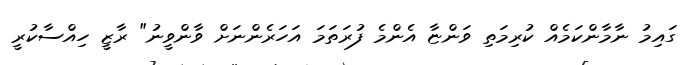
ގައިމު ނާމާންކަމެއް ކުރިމަތި ވަންޏާ އެންމެ ފުރަތަމަ އަހަރެންނަށް ވާންވީނު" ރާޒީ ހިއްސާކުރީ